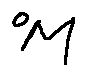
o _ { M }